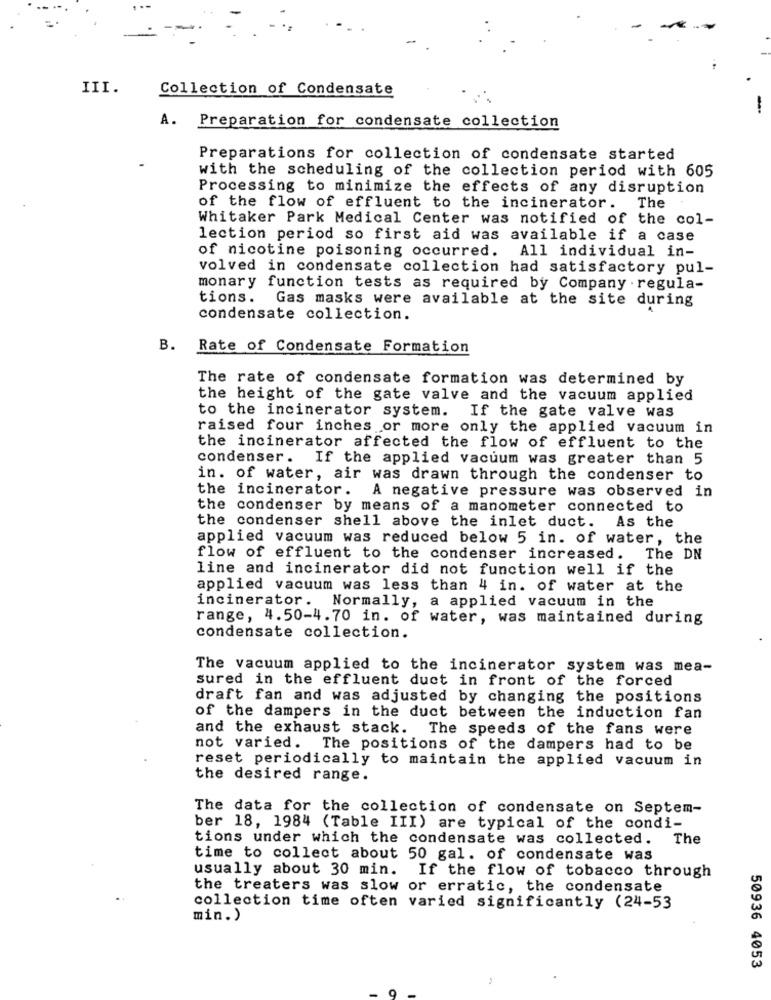
III.
Collection of Condensate
A.
Preparation for condensate collection
Preparations for collection of condensate started
with the scheduling of the collection period with 605
Processing to minimize the effects of any disruption
of the flow of effluent to the incinerator.
The
Whitaker Park Medical Center was notified of the col-
lection period so first aid was available if a case
of nicotine poisoning occurred. All individual in-
volved in condensate collection had satisfactory pul-
monary function tests as required by Company . regula-
tions.
Gas masks were available at the site during
condensate collection.
B.
Rate of Condensate Formation
The rate of condensate formation was determined by
the height of the gate valve and the vacuum applied
to the incinerator system. If the gate valve was
raised four inches or more only the applied vacuum in
the incinerator affected the flow of effluent to the
condenser. If the applied vacuum was greater than 5
in. of water, air was drawn through the condenser to
the incinerator. A negative pressure was observed in
the condenser by means of a manometer connected to
the condenser shell above the inlet duct. As the
applied vacuum was reduced below 5 in. of water, the
flow of effluent to the condenser increased. The DN
line and incinerator did not function well if the
applied vacuum was less than 4 in. of water at the
incinerator.
Normally, a applied vacuum in the
range, 4.50-4.70 in. of water, was maintained during
condensate collection.
The vacuum applied to the incinerator system was mea-
sured in the effluent duct in front of the forced
draft fan and was adjusted by changing the positions
of the dampers in the duct between the induction fan
and the exhaust stack. The speeds of the fans were
not varied. The positions of the dampers had to be
reset periodically to maintain the applied vacuum in
the desired range.
The data for the collection of condensate on Septem-
ber 18, 1984 (Table III) are typical of the condi-
tions under which the condensate was collected. The
time to collect about 50 gal. of condensate was
usually about 30 min. If the flow of tobacco through
the treaters was slow or erratic, the condensate
collection time often varied significantly (24-53
min.)
50936 4053